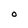
Character: O